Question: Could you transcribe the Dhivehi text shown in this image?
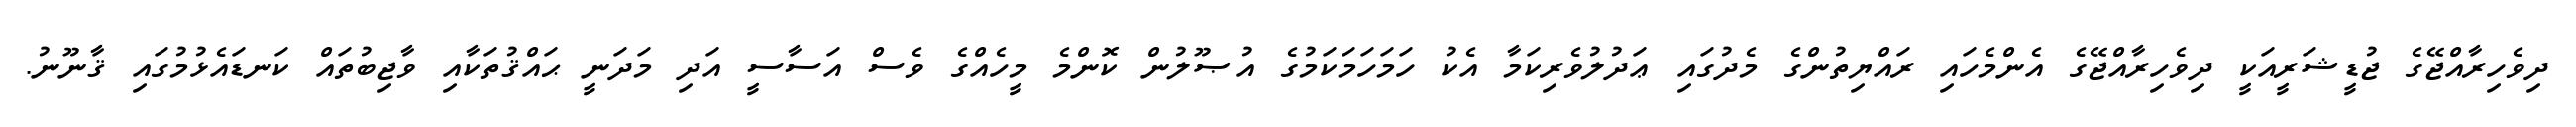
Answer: ދިވެހިރާއްޖޭގެ ޖުޑީޝަރީއަކީ ދިވެހިރާއްޖޭގެ އެންމެހައި ރައްޔިތުންގެ މެދުގައި ޢަދުލުވެރިކަމާ އެކު ހަމަހަމަކަމުގެ އުޞޫލުން ކޮންމެ މީހެއްގެ ވެސް އަސާސީ އަދި މަދަނީ ޙައްޤުތަކާއި ވާޖިބުތައް ކަނޑައެޅުމުގައި ޤާނޫނު.